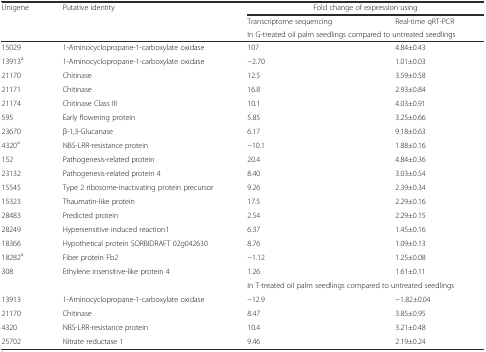
| Unigene | Putative identity | <COLSPAN=2> Fold change of expression using |
 |  |  | Transcriptome sequencing | Real-time qRT-PCR |
 |  |  | <COLSPAN=2> In G-treated oil palm seedlings compared to untreated seedlings |
 | --- | --- | --- | --- |
 | 15029 | 1-Aminocyclopropane-1-carboxylate oxidase | 107 | 4.84±0.43 |
 | 13913a | 1-Aminocyclopropane-1-carboxylate oxidase | −2.70 | 1.01±0.03 |
 | 21170 | Chitinase | 12.5 | 3.59±0.58 |
 | 21171 | Chitinase | 16.8 | 2.93±0.84 |
 | 21174 | Chitinase Class III | 10.1 | 4.03±0.91 |
 | 595 | Early flowering protein | 5.85 | 3.25±0.66 |
 | 23670 | β-1,3-Glucanase | 6.17 | 9.18±0.63 |
 | 4320a | NBS-LRR-resistance protein | −10.1 | 1.88±0.16 |
 | 152 | Pathogenesis-related protein | 20.4 | 4.84±0.36 |
 | 23132 | Pathogenesis-related protein 4 | 8.40 | 3.03±0.54 |
 | 15545 | Type 2 ribosome-inactivating protein precursor | 9.26 | 2.39±0.34 |
 | 15323 | Thaumatin-like protein | 17.5 | 2.29±0.16 |
 | 28483 | Predicted protein | 2.54 | 2.29±0.15 |
 | 28249 | Hypersensitive induced reaction1 | 6.37 | 1.45±0.16 |
 | 18366 | Hypothetical protein SORBIDRAFT 02g042630 | 8.76 | 1.09±0.13 |
 | 18282a | Fiber protein Fb2 | −1.12 | 1.25±0.08 |
 | 308 | Ethylene insensitive-like protein 4 | 1.26 | 1.61±0.11 |
 |  |  | <COLSPAN=2> In T-treated oil palm seedlings compared to untreated seedlings |
 | 13913 | 1-Aminocyclopropane-1-carboxylate oxidase | −12.9 | −1.82±0.04 |
 | 21170 | Chitinase | 8.47 | 3.85±0.95 |
 | 4320 | NBS-LRR-resistance protein | 10.4 | 3.21±0.48 |
 | 25702 | Nitrate reductase 1 | 9.46 | 2.19±0.24 |